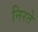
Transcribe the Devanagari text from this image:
निरते